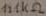
Text: 131KΩ